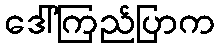
ဒေါ်ကြည်ပြာက